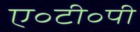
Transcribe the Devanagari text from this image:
ए॰टी॰पी